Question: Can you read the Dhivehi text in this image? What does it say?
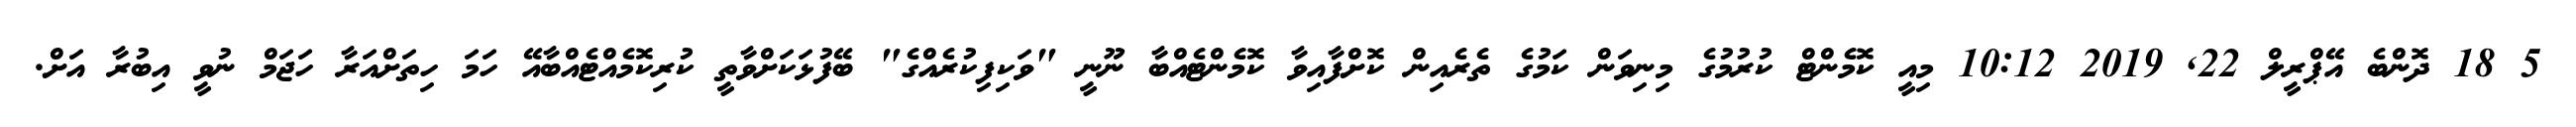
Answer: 5 18 ދޮންބެ އޭޕްރީލް 22, 2019 10:12 މިއީ ކޮމެންޓް ކުރުމުގެ މިނިވަން ކަމުގެ ތެރެއިން ކޮށްފާއިވާ ކޮމެންޓެއްބާ ނޫނީ "ވަކިފިކުރެއްގެ" ބޭފުޅަކަށްވާތީ ކުރިކޮމެއްޓެއްބާއޭ ހަމަ ހިތަށްއަރާ ހަޖަމް ނުވީ އިބުރާ އަށް.